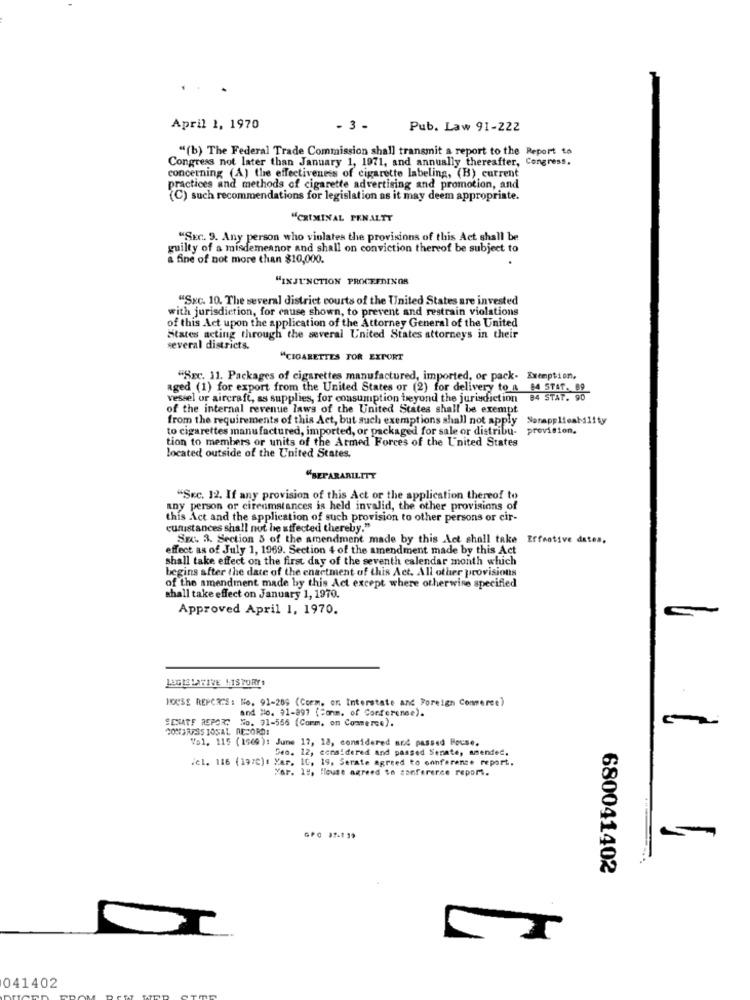
April 1, 1970
- 3 -
Pub. Law 91-222
"(b) The Federal Trade Commission shall transmit a report to the Report to
Congress not later than January 1, 1971, and annually thereafter, Congress.
concerning (A) the effectiveness of cigarette labeling, (B) current
practices and methods of cigarette advertising and promotion, and
(C) such recommendations for legislation as it may deem appropriate.
"CRIMINAL PENALTT
"SEC. 9. Any person who violates the provisions of this Act shall be
guilty of a misdemeanor and shall on conviction thereof be subject to
a fine of not more than $10,000.
"INJUNCTION PROCEEDINGS
"Sxc. 10. The several district courts of the United States are invested
with jurisdiction, for cause shown, to prevent and restrain violations
of this Act upon the application of the Attorney General of the United
States neting through the several United States attorneys in their
several districts.
"CIGARETTES FOR EXPORT
"Src. 11. Packages of cigarettes manufactured, imported, or pack- Exemption,
aged (1) for export from the United States or (2) for delivery to a 64 STAT. 89
vessel or aircraft, as supplies, for consumption beyond the jurisdiction
of the internal revenue laws of the United States shall be exempt
from the requirements of this Act, but such exemptions shall not apply Narapplicability
to cigarettes manufactured, imported, or packaged for sale or distribu-
provision.
tion to members or units of the Armed Forces of the United States
located outside of the United States.
"BEFARARILITY
"Sec. 12. If any provision of this Act or the application thereof to
any person or circumstances is held invalid, the other provisions of
this Act and the application of such provision to other persons or cir-
cunistances shall not be affected thereby."
SEC. 3. Section 5 of the amendment made by this Act shall take Effective dates.
effect as of July 1, 1969. Section 4 of the amendment made by this Act
shall take effect on the first day of the seventh calendar month which
begins after the date of the enactment of this Act. All other provisions
of the amendment made by this Act except where otherwise specified
shall take effect on January 1, 1970.
Approved April 1, 1970.
LEGISLATIVE HISTORY
HOUSE REPORTS: No. 91-289 (Corm. on Interstate and Foreign Commerce)
and Ho. 91-897 ("om. of Conferenee).
SENATE REPORT No. 91-556 (Comm. on Commerce).
COMJARSS JOSAL RECORD:
Vol. 115 (1969): June 17, 18, considered and passed House.
Deo. 12, considered and passed Senate, amended.
del. 116 (19:0)1 Xar. 10, 19, Serate agreed to ochference report.
Yar. 19, House agreed to conference report.
GPO 37-119
680041402
041402